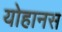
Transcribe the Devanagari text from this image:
योहानस